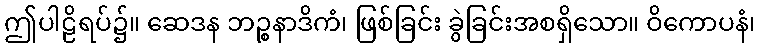
ဤပါဠိရပ်၌။ ဆေဒန ဘဉ္စနာဒိကံ၊ ဖြစ်ခြင်း ခွဲခြင်းအစရှိသော။ ဝိကောပနံ၊